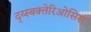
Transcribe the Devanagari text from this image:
द्य्स्बक्तेरिओसिस